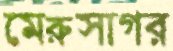
মেরুসাগর